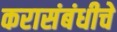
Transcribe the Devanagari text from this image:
करासंबंधीचे